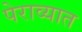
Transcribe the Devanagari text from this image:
पेराव्यात